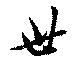
丗